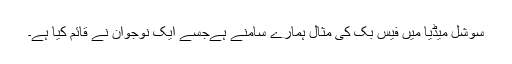
سوشل میڈیا میں فیس بک کى مثال ہمارے سامنے ہےجسے ایک نوجوان نے قائم کیا ہے۔